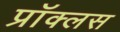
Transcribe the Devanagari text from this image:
प्रॉक्लस